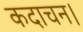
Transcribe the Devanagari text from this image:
कदाचन।